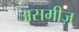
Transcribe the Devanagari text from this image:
असमीज़